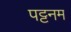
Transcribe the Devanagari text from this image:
पट्टनम